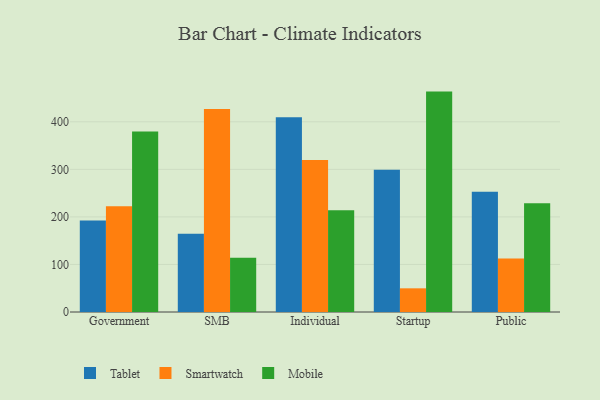
{"axis": {"x": "Segment", "y": "Revenue (USD Million)"}, "legend": ["Mobile", "Smartwatch", "Tablet"], "data": [{"x": "Government", "y": 192.4, "type": "Tablet"}, {"x": "Government", "y": 222.4, "type": "Smartwatch"}, {"x": "Government", "y": 379.6, "type": "Mobile"}, {"x": "SMB", "y": 164.5, "type": "Tablet"}, {"x": "SMB", "y": 427.0, "type": "Smartwatch"}, {"x": "SMB", "y": 114.3, "type": "Mobile"}, {"x": "Individual", "y": 409.5, "type": "Tablet"}, {"x": "Individual", "y": 319.5, "type": "Smartwatch"}, {"x": "Individual", "y": 214.0, "type": "Mobile"}, {"x": "Startup", "y": 299.0, "type": "Tablet"}, {"x": "Startup", "y": 49.8, "type": "Smartwatch"}, {"x": "Startup", "y": 463.5, "type": "Mobile"}, {"x": "Public", "y": 252.8, "type": "Tablet"}, {"x": "Public", "y": 112.7, "type": "Smartwatch"}, {"x": "Public", "y": 228.5, "type": "Mobile"}]}